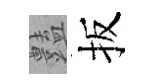
𧰟扳